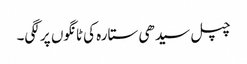
چپل سیدھی ستارہ کی ٹانگوں پر لگی۔